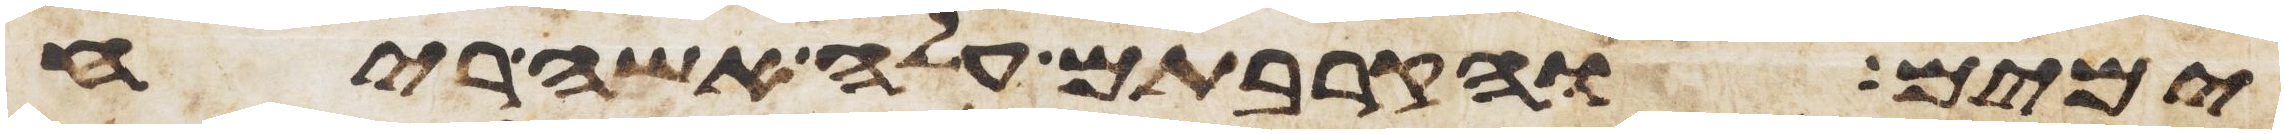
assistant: ימים והקרבתם עלה אשה ריח